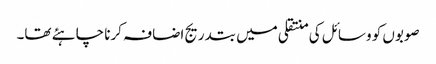
صوبوں کو وسائل کی منتقلی میں بتدریج اضافہ کرنا چاہئے تھا۔